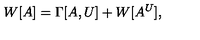
W [ A ] = \Gamma [ A , U ] + W [ A ^ { U } ] ,